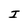
Character: I